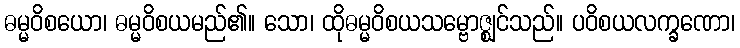
ဓမ္မဝိစယော၊ ဓမ္မဝိစယမည်၏။ သော၊ ထိုဓမ္မဝိစယသမ္ဗောဇ္ဈင်သည်။ ပဝိစယလက္ခဏော၊